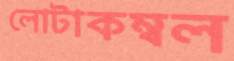
লোটাকম্বল